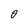
Character: 0